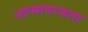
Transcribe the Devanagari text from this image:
आत्मापरकता